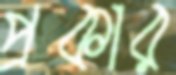
প্রকার